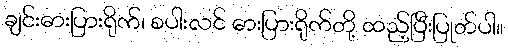
ချင်းဓားပြားရိုက်၊ စပါးလင် ဓားပြားရိုက်တို့ ထည့်ပြီးပြုတ်ပါ။